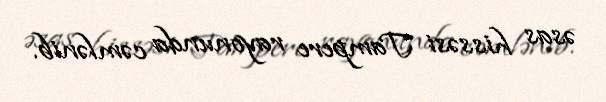
əsas hissəsi Tampere rayonunda cəmlənib.